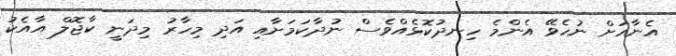
އެނާއަށް ނުހެވޭ އެންމެ ހިނދުކޮޅެއްވެސް ނުދާކަމަށާއި އަދި މިހާރު މިދަނީ ކާޖޮލް އާއެކު